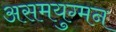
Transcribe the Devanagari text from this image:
असमयुग्मन